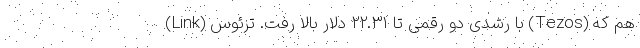
(Link) با رشدی دو رقمی تا ۲۲.۳۱ دلار بالا رفت. تزئوس (Tezos) هم که